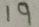
1 9